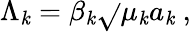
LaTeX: \Lambda_{\mathit{k}}=\beta_{\mathit{k}}\sqrt{}{{\mu_{\mathit{k}}a_{\mathit{k}}}}\ ,